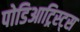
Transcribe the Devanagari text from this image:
पोडिआट्रिस्ट्स